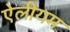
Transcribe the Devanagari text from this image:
ऐलीयम